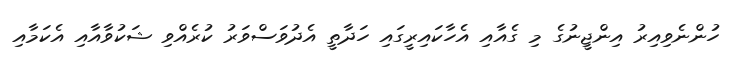
ހުންނެވިއިރު އިންޖީނުގެ މި ގެއާއި އެހާކައިރީގައި ހަދާތީ އެދުވަސްވަރު ކުރެއްވި ޝަކުވާއާއި އެކަމާއި